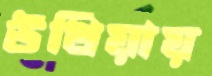
উখিয়ায়